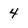
Character: 4